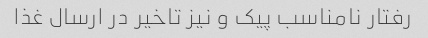
رفتار نامناسب پیک و نیز تاخیر در ارسال غذا